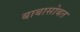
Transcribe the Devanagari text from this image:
बाबासोबत